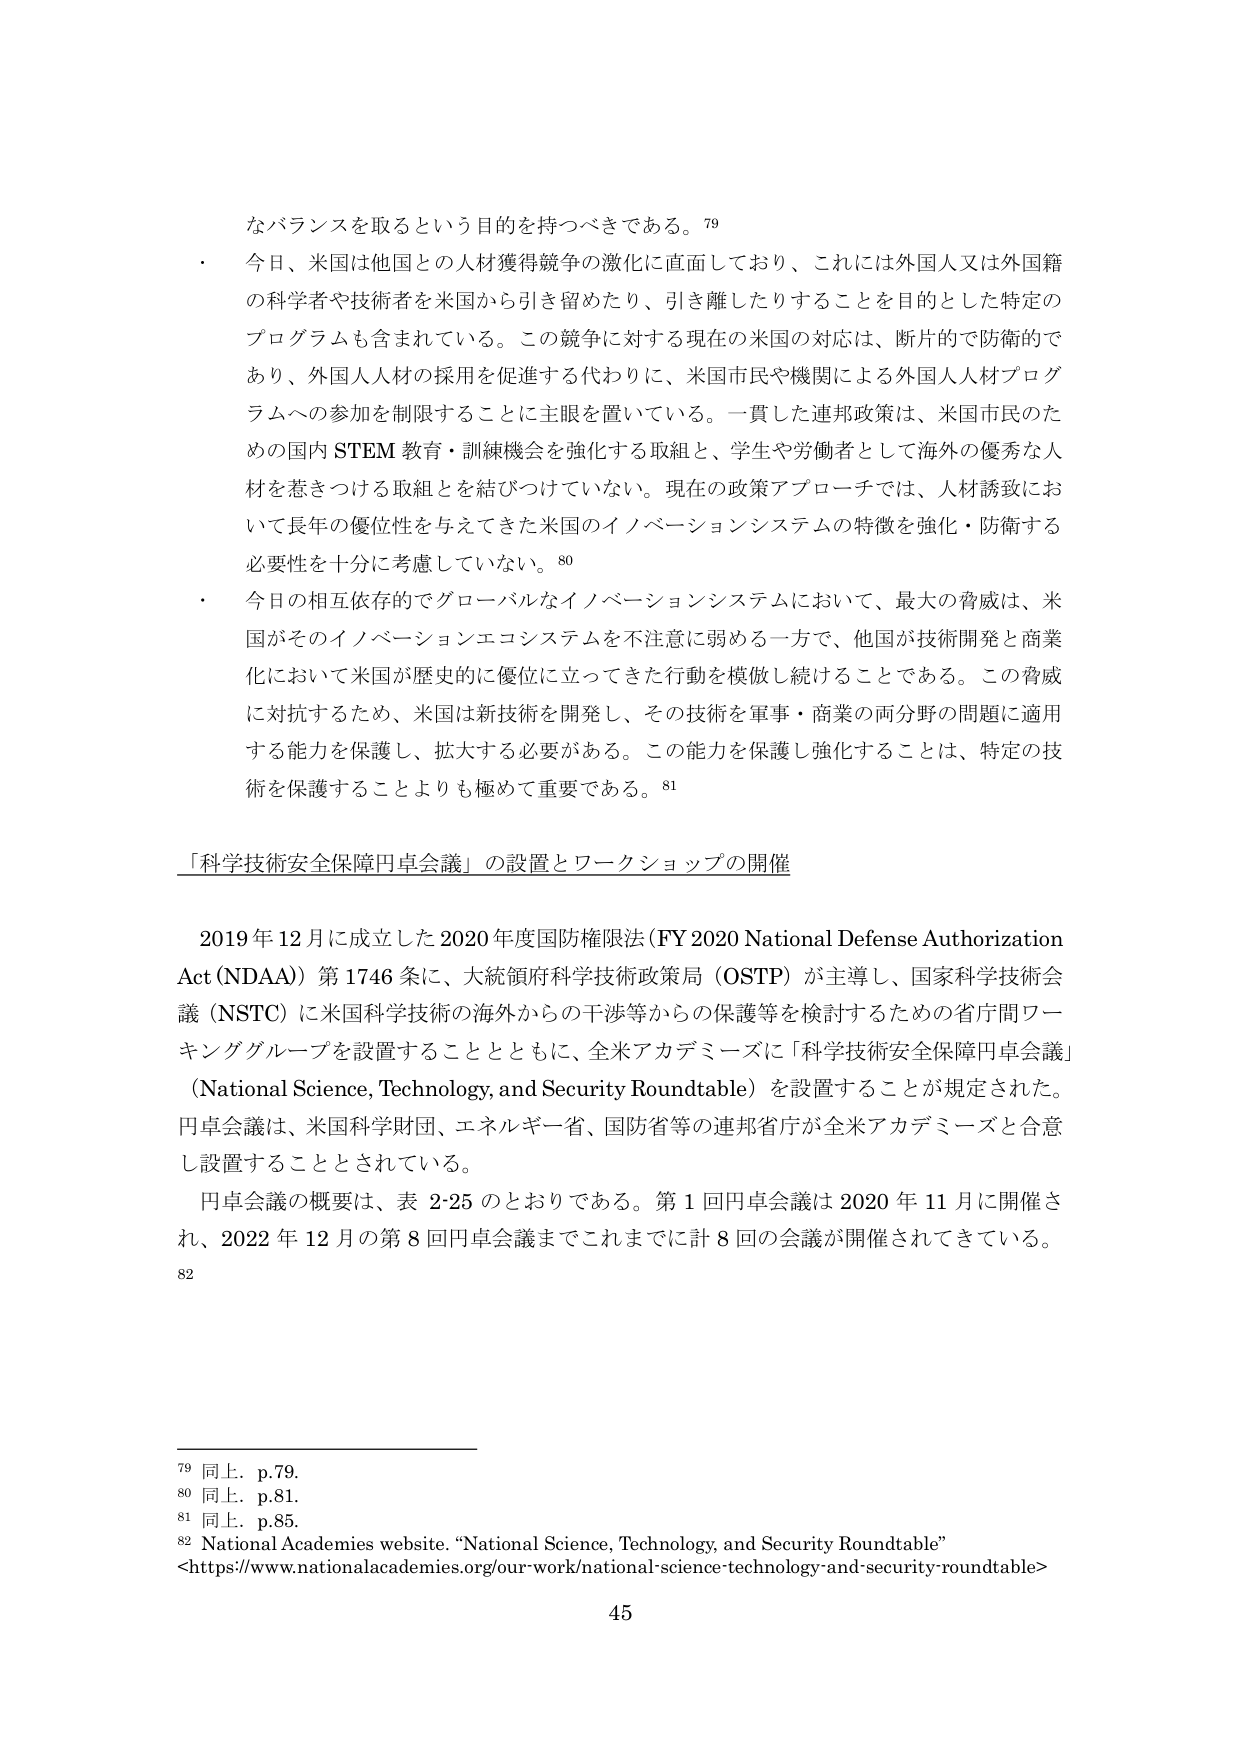
なバランスを取るという目的を持つべきである。79

・ 今日、米国は他国との人材獲得競争の激化に直面しており、これには外国人又は外国籍の科学者や技術者を米国から引き留めたり、引き離したりすることを目的とした特定のプログラムも含まれている。この競争に対する現在の米国の対応は、断片的で防衛的であり、外国人人材の採用を促進する代わりに、米国市民や機関による外国人人材プログラムへの参加を制限することに主眼を置いている。一貫した連邦政策は、米国市民のための国内STEM教育・訓練機会を強化する取組と、学生や労働者として海外の優秀な人材を惹きつける取組とを結びつけていない。現在の政策アプローチでは、人材誘致において長年の優位性を与えてきた米国のイノベーションシステムの特徴を強化・防衛する必要性を十分に考慮していない。80

・ 今日の相互依存的でグローバルなイノベーションシステムにおいて、最大の脅威は、米国がそのイノベーションエコシステムを不注意に弱める一方で、他国が技術開発と商業化において米国が歴史的に優位に立ってきた行動を模倣し続けることである。この脅威に対抗するため、米国は新技術を開発し、その技術を軍事・商業の両分野の問題に適用する能力を保護し、拡大する必要がある。この能力を保護し強化することは、特定の技術を保護することよりも極めて重要である。81

「科学技術安全保障円卓会議」の設置とワークショップの開催

2019年12月に成立した2020年度国防権限法（FY 2020 National Defense Authorization Act (NDAA)）第1746条に、大統領府科学技術政策局（OSTP）が主導し、国家科学技術会議（NSTC）に米国科学技術の海外からの干渉等からの保護等を検討するための省庁間ワーキンググループを設置することとともに、全米アカデミーズに「科学技術安全保障円卓会議」（National Science, Technology, and Security Roundtable）を設置することが規定された。円卓会議は、米国科学財団、エネルギー省、国防省等の連邦省庁が全米アカデミーズと合意し設置することとされている。

円卓会議の概要は、表2-25のとおりである。第1回円卓会議は2020年11月に開催され、2022年12月の第8回円卓会議までこれまでに計8回の会議が開催されてきている。82

79 同上．p.79．
80 同上．p.81．
81 同上．p.85．
82 National Academies website. “National Science, Technology, and Security Roundtable”
<https://www.nationalacademies.org/our-work/national-science-technology-and-security-roundtable>

45